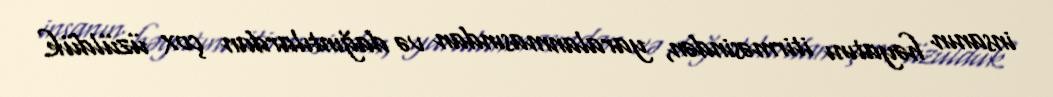
insanın həyatını itirməsindən, yaralanmasından və dağıntılardan çox üzüldük.